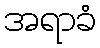
အရာခံ